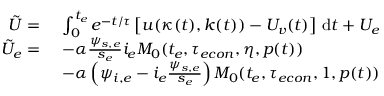
\begin{array} { r l } { \tilde { U } = } & { \ \int _ { 0 } ^ { t _ { e } } e ^ { - t / \tau } \left[ u ( \kappa ( t ) , k ( t ) ) - U _ { v } ( t ) \right] \, \mathrm { d } t + U _ { e } } \\ { \tilde { U } _ { e } = } & { \ - \alpha \frac { \psi _ { s , e } } { s _ { e } } i _ { e } M _ { 0 } ( t _ { e } , { \tau _ { e c o n } } , \eta , p ( t ) ) } \\ & { \ - \alpha \left( \psi _ { i , e } - i _ { e } \frac { \psi _ { s , e } } { s _ { e } } \right) M _ { 0 } ( t _ { e } , { \tau _ { e c o n } } , 1 , p ( t ) ) } \end{array}